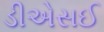
ડીએસઈ